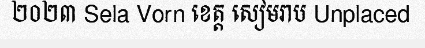
២០២៣ Sela Vorn ខេត្ត សៀមរាប Unplaced